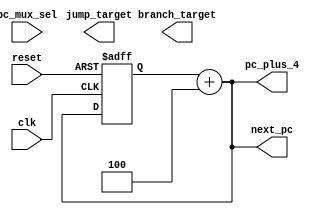
module PC(
    input wire clk,
    input wire reset,
    output reg [31:0] next_pc,
    output reg [31:0] pc_plus_4,
    output reg [31:0] branch_target,
    output reg [31:0] jump_target,
    input wire [1:0] pc_mux_sel
);
    reg [31:0] pc;

    always @(posedge clk or posedge reset) begin
        if (reset) 
            pc <= 32'b0;  // Initialize PC to 0 on reset
        else
            // Logic to update the PC
            pc <= next_pc;
    end

    always @(*) begin
        pc_plus_4 = pc + 4;
        // Calculate branch_target and jump_target here
        // Select next_pc based on pc_mux_sel
        next_pc = pc_plus_4; // Simple assignment for now
    end
endmodule